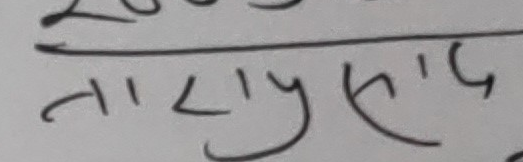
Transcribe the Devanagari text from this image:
नारायण स।द